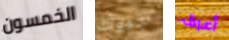
الخمسون جدولك أعرف